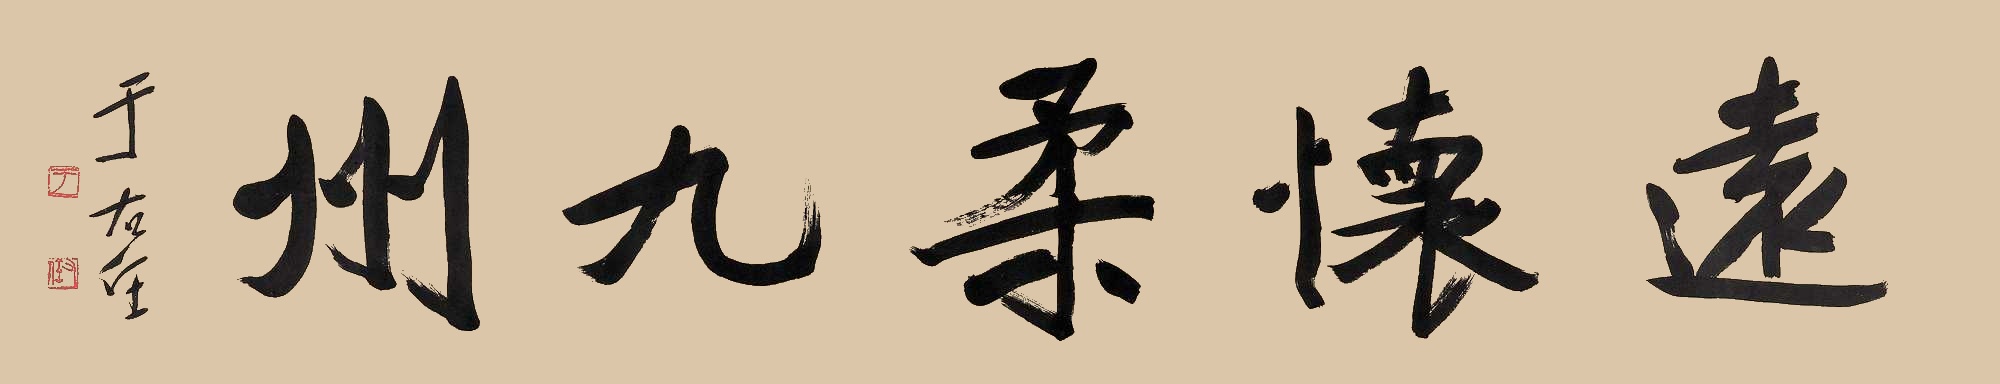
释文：远怀柔九州于右任